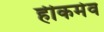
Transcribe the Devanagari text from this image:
हीकमेव